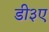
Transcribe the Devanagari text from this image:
डी३ए